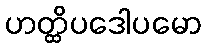
ဟတ္ထိပဒေါပမော